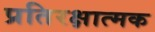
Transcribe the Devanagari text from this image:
प्रतिरक्षात्‍मक